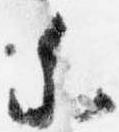
参